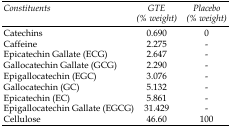
<table><thead><tr><td><b><i>Constituents</i></b></td><td><b><i>GTE (% weight)</i></b></td><td><b><i>Placebo(% weight)</i></b></td></tr></thead><tbody><tr><td>Catechins</td><td>0.690</td><td>0</td></tr><tr><td>Caffeine</td><td>2.275</td><td>-</td></tr><tr><td>Epicatechin Gallate (ECG)</td><td>2.647</td><td>-</td></tr><tr><td>Gallocatechin Gallate(GCG)</td><td>2.290</td><td>-</td></tr><tr><td>Epigallocatechin (EGC)</td><td>3.076</td><td>-</td></tr><tr><td>Gallocatechin (GC)</td><td>5.132</td><td>-</td></tr><tr><td>Epicatechin (EC)</td><td>5.861</td><td>-</td></tr><tr><td>Epigallocatechin Gallate (EGCG)</td><td>31.429</td><td>-</td></tr><tr><td>Cellulose</td><td>46.60</td><td>100</td></tr></tbody></table>